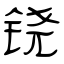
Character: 铙